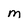
Character: M